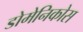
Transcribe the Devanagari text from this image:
डोमेनिकोस